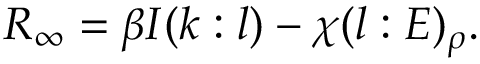
R _ { \infty } = \beta I ( k : l ) - \chi ( l : E ) _ { \rho } .